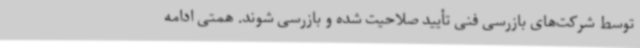
توسط شرکت‌های بازرسی فنی تأیید صلاحیت شده و بازرسی شوند. همتی ادامه